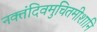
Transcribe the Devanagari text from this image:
नक्तंदिवमुचितमीशानि